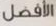
الأفضل